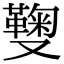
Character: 𠮑